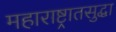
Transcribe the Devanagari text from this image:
महाराष्ट्रातसुद्धा